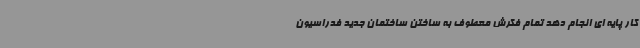
کار پایه ای انجام دهد تمام فکرش معطوف به ساختن ساختمان جدید فدراسیون